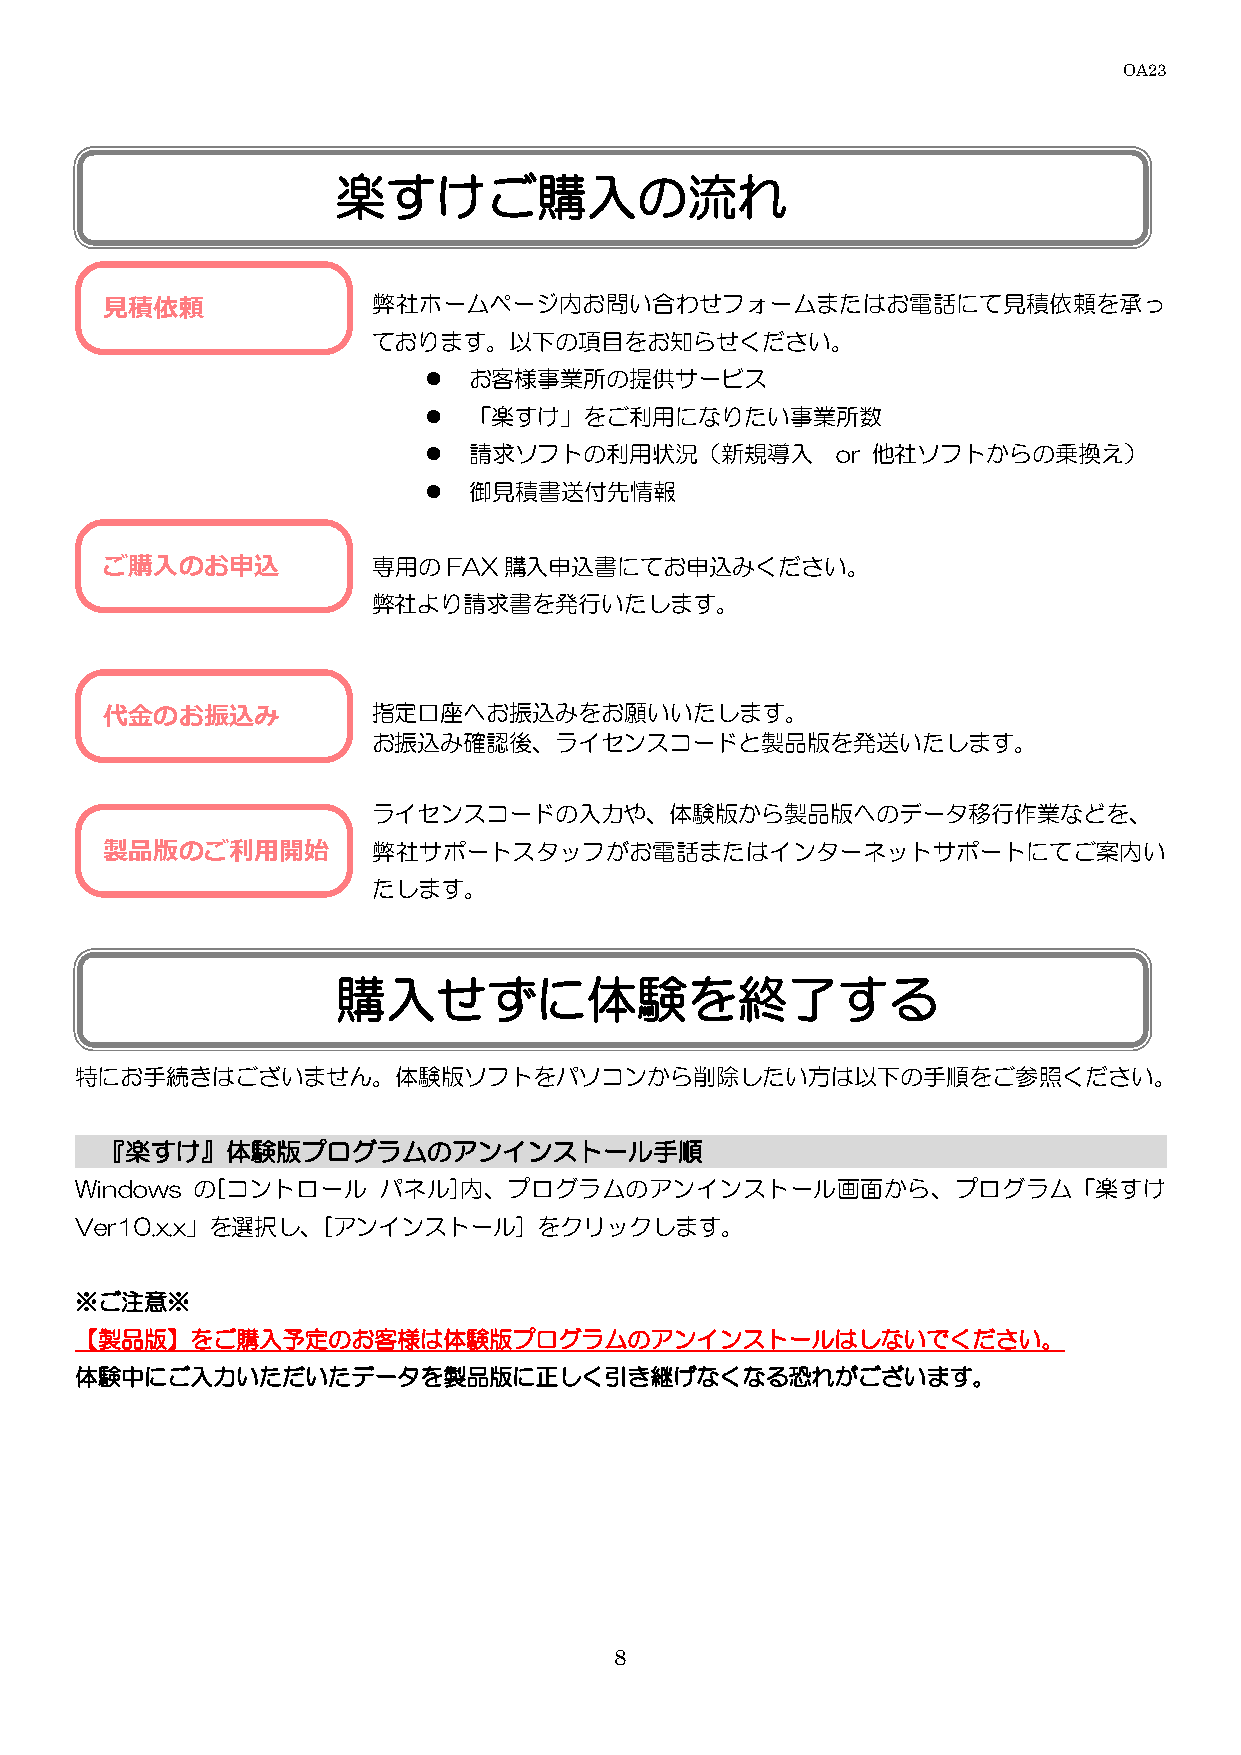
OA23
 楽すけご購入の流れ
 見積依頼              弊社ホームページ内お問い合わせフォームまたはお電話にて見積依頼を承っ
 ております。以下の項目をお知らせください。
   お客様事業所の提供サービス
   「楽すけ」をご利用になりたい事業所数
   請求ソフトの利用状況（新規導入         or 他社ソフトからの乗換え）
   御見積書送付先情報
 ご購入のお申込           専用のFAX購入申込書にてお申込みください。
 弊社より請求書を発行いたします。
 代金のお振込み           指定口座へお振込みをお願いいたします。
 お振込み確認後、ライセンスコードと製品版を発送いたします。
 ライセンスコードの入力や、体験版から製品版へのデータ移行作業などを、
 製品版のご利用開始         弊社サポートスタッフがお電話またはインターネットサポートにてご案内い
 たします。
 購入せずに体験を終了する
 特にお手続きはございません。体験版ソフトをパソコンから削除したい方は以下の手順をご参照ください。
 『楽すけ』体験版プログラムのアンインストール手順
 Windows の[コントロール    パネル]内、プログラムのアンインストール画面から、プログラム「楽すけ
 Ver10.x.x」を選択し、[アンインストール]      をクリックします。
 ※ご注意※
 【製品版】をご購入予定のお客様は体験版プログラムのアンインストールはしないでください。
 体験中にご入力いただいたデータを製品版に正しく引き継げなくなる恐れがございます。
 8